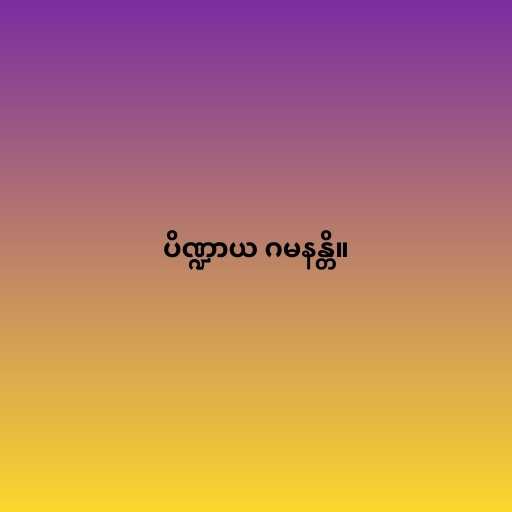
ပိဏ္ဍာယ ဂမနန္တိ။